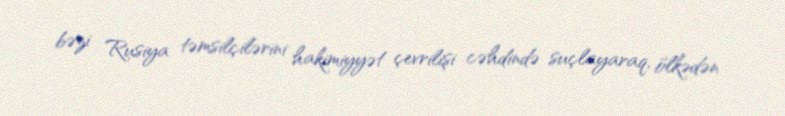
bəzi Rusiya təmsilçilərini hakimiyyət çevrilişi cəhdində suçlayaraq, ölkədən